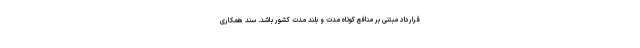
قرارداد مبتنی بر منافع کوتاه مدت و بلند مدت کشور باشد. سند همکاری